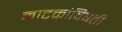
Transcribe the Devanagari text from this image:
नाटकांविषती